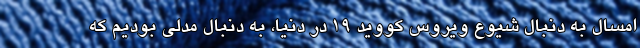
امسال به دنبال شیوع ویروس کووید ۱۹ در دنیا، به دنبال مدلی بودیم که